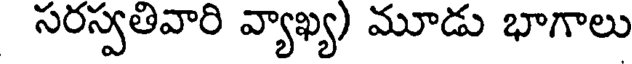
సరస్వతివారి వ్యాఖ్య) మూడు భాగాలు